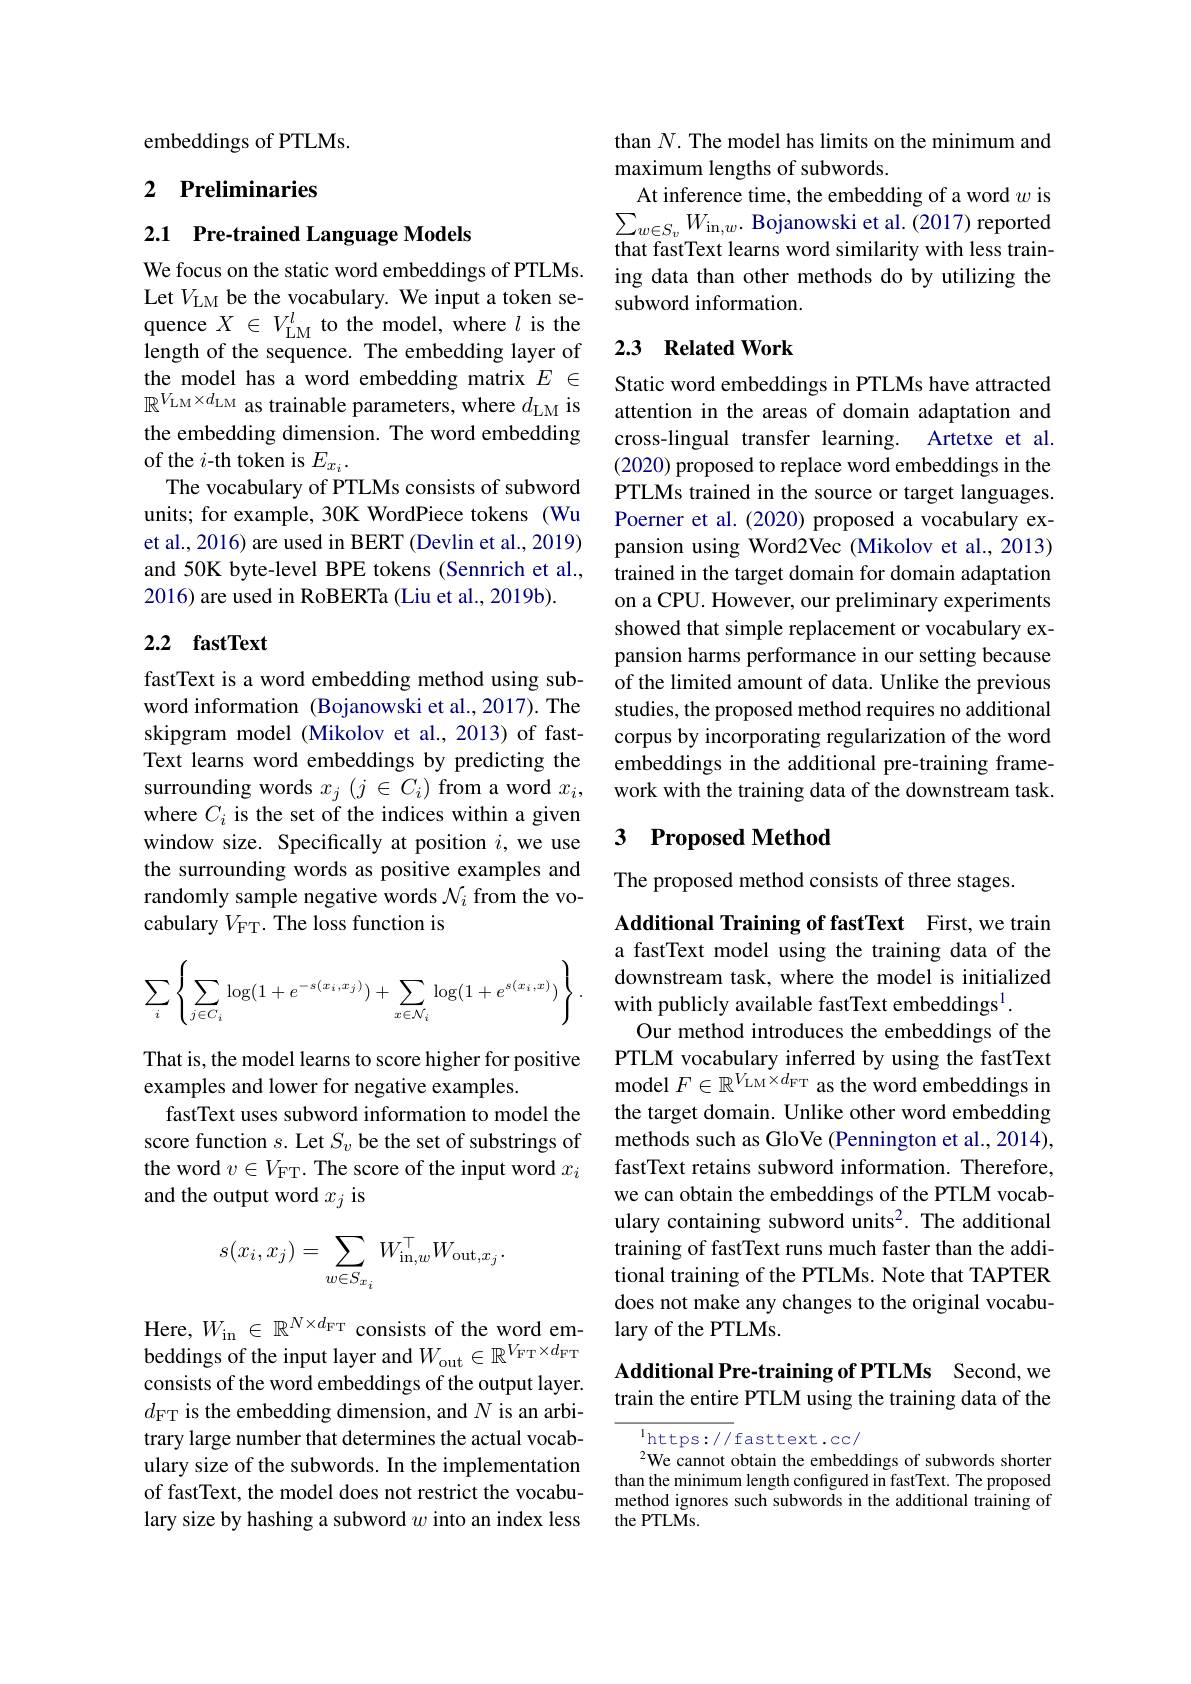
embeddings of PTLMs.

## 2 Preliminaries

2.1 Pre-trained Language Models

We focus on the static word embeddings of PTLMs. Let $V_\mathrm{LM}$ be the vocabulary. We input a token sequence $X\in V_{\mathrm{LM}}^{l}$ to the model, where $l$ is the length of the sequence. The embedding layer of the model has a word embedding matrix $E$ $\in$ $\mathbb{R}^{V_{\mathrm{LM}}\times d_{\mathrm{LM}}}$ as trainable parameters, where $d_\mathrm{LM}$ is the embedding dimension. The word embedding of the $i$-th token is $E_x_i.$
The vocabulary of PTLMs consists of subword units; for example, 30K WordPiece tokens (Wu et al., 2016) are used in BERT (Devlin et al., 2019) and 50K byte-level BPE tokens (Sennrich et al., 2016) are used in RoBERTa (Liu et al., 2019b).

### 2.2 fastText

fastText is a word embedding method using subword information (Bojanowski et al.,2017).The skipgram model (Mikolov et al., 2013) of fastText learns word embeddings by predicting the surrounding words $x_j(j\in C_i)$ from a word $x_i$, where $C_i$ is the set of the indices within a given window size. Specifically at position $i$, we use the surrounding words as positive examples and randomly sample negative words $\mathcal{N}_i$ from the vocabulary $V_{\mathrm{FT}}.$ The loss function is
$$\sum_i\left\{\sum_{j\in C_i}\log(1+e^{-s(x_i,x_j)})+\sum_{x\in\mathcal{N}_i}\log(1+e^{s(x_i,x)})\right\}.$$
That is, the model learns to score higher for positive
examples and lower for negative examples.
fastText uses subword information to model the score function $s.$ Let $S_v$ be the set of substrings of the word $v\in V_\mathrm{FT}.$ The score of the input word $x_i$ and the output word $x_j$ is
$$s(x_{i},x_{j})=\sum_{w\in S_{x_{i}}}W_{\mathrm{in},w}^{\top}W_{\mathrm{out},x_{j}}.$$
Here, $W_\mathrm{in}\in\mathbb{R}^{N\times d_\mathrm{FT}}$ consists of the word embeddings of the input layer and $W_\mathrm{out}\in\mathbb{R}^{V_\mathrm{FT}\times d_\mathrm{FT}}$ consists of the word embeddings of the output layer. $d_{\mathrm{FT}}$ is the embedding dimension, and $N$ is an arbitrary large number that determines the actual vocabulary size of the subwords. In the implementation of fastText, the model does not restrict the vocabulary size by hashing a subword $w$ into an index less

than $N.$ The model has limits on the minimum and
maximum lengths of subwords.
At inference time, the embedding of a word $w$ is $\sum_{w\in S_{v}}W_{\mathrm{in,w}}.$ Bojanowski et al.(2017) reported that fastText learns word similarity with less training data than other methods do by utilizing the subword information.

## 2.3 Related Work

Static word embeddings in PTLMs have attracted attention in the areas of domain adaptation and cross-lingual transfer learning. Artetxe et al. (2020) proposed to replace word embeddings in the PTLMs trained in the source or target languages. Poerner et al. (2020) proposed a vocabulary expansion using Word2Vec (Mikolov et al., 2013) trained in the target domain for domain adaptation on a CPU. However, our preliminary experiments showed that simple replacement or vocabulary expansion harms performance in our setting because of the limited amount of data. Unlike the previous studies, the proposed method requires no additional corpus by incorporating regularization of the word embeddings in the additional pre-training framework with the training data of the downstream task.

### 3 Proposed Method

The proposed method consists of three stages.

Additional Training of fastText First,we train a fastText model using the training data of the downstream task, where the model is initialized with publicly available fastText embeddings$^{1}.$
Our method introduces the embeddings of the PTLM vocabulary inferred by using the fastText model $F\in\mathbb{R}^V_{\mathrm{LM}}\times d_{\mathrm{FT}}$ as the word embeddings in the target domain. Unlike other word embedding methods such as GloVe (Pennington et al., 2014), fastText retains subword information. Therefore, we can obtain the embeddings of the PTLM vocabulary containing subword units$^2.$ The additional training of fastText runs much faster than the additional training of the PTLMs. Note that TAPTER does not make any changes to the original vocabulary of the PTLMs.

## Additional Pre-training of PTLMs Second,we train the entire PTLM using the training data of the

$^{1}$https: / / fasttext. cc/
$^{2}$We cannot obtain the embeddings of subwords shorter than the minimum length configured in fastText. The proposed method ignores such subwords in the additional training of the PTLMs.